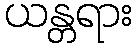
ယန္တရား